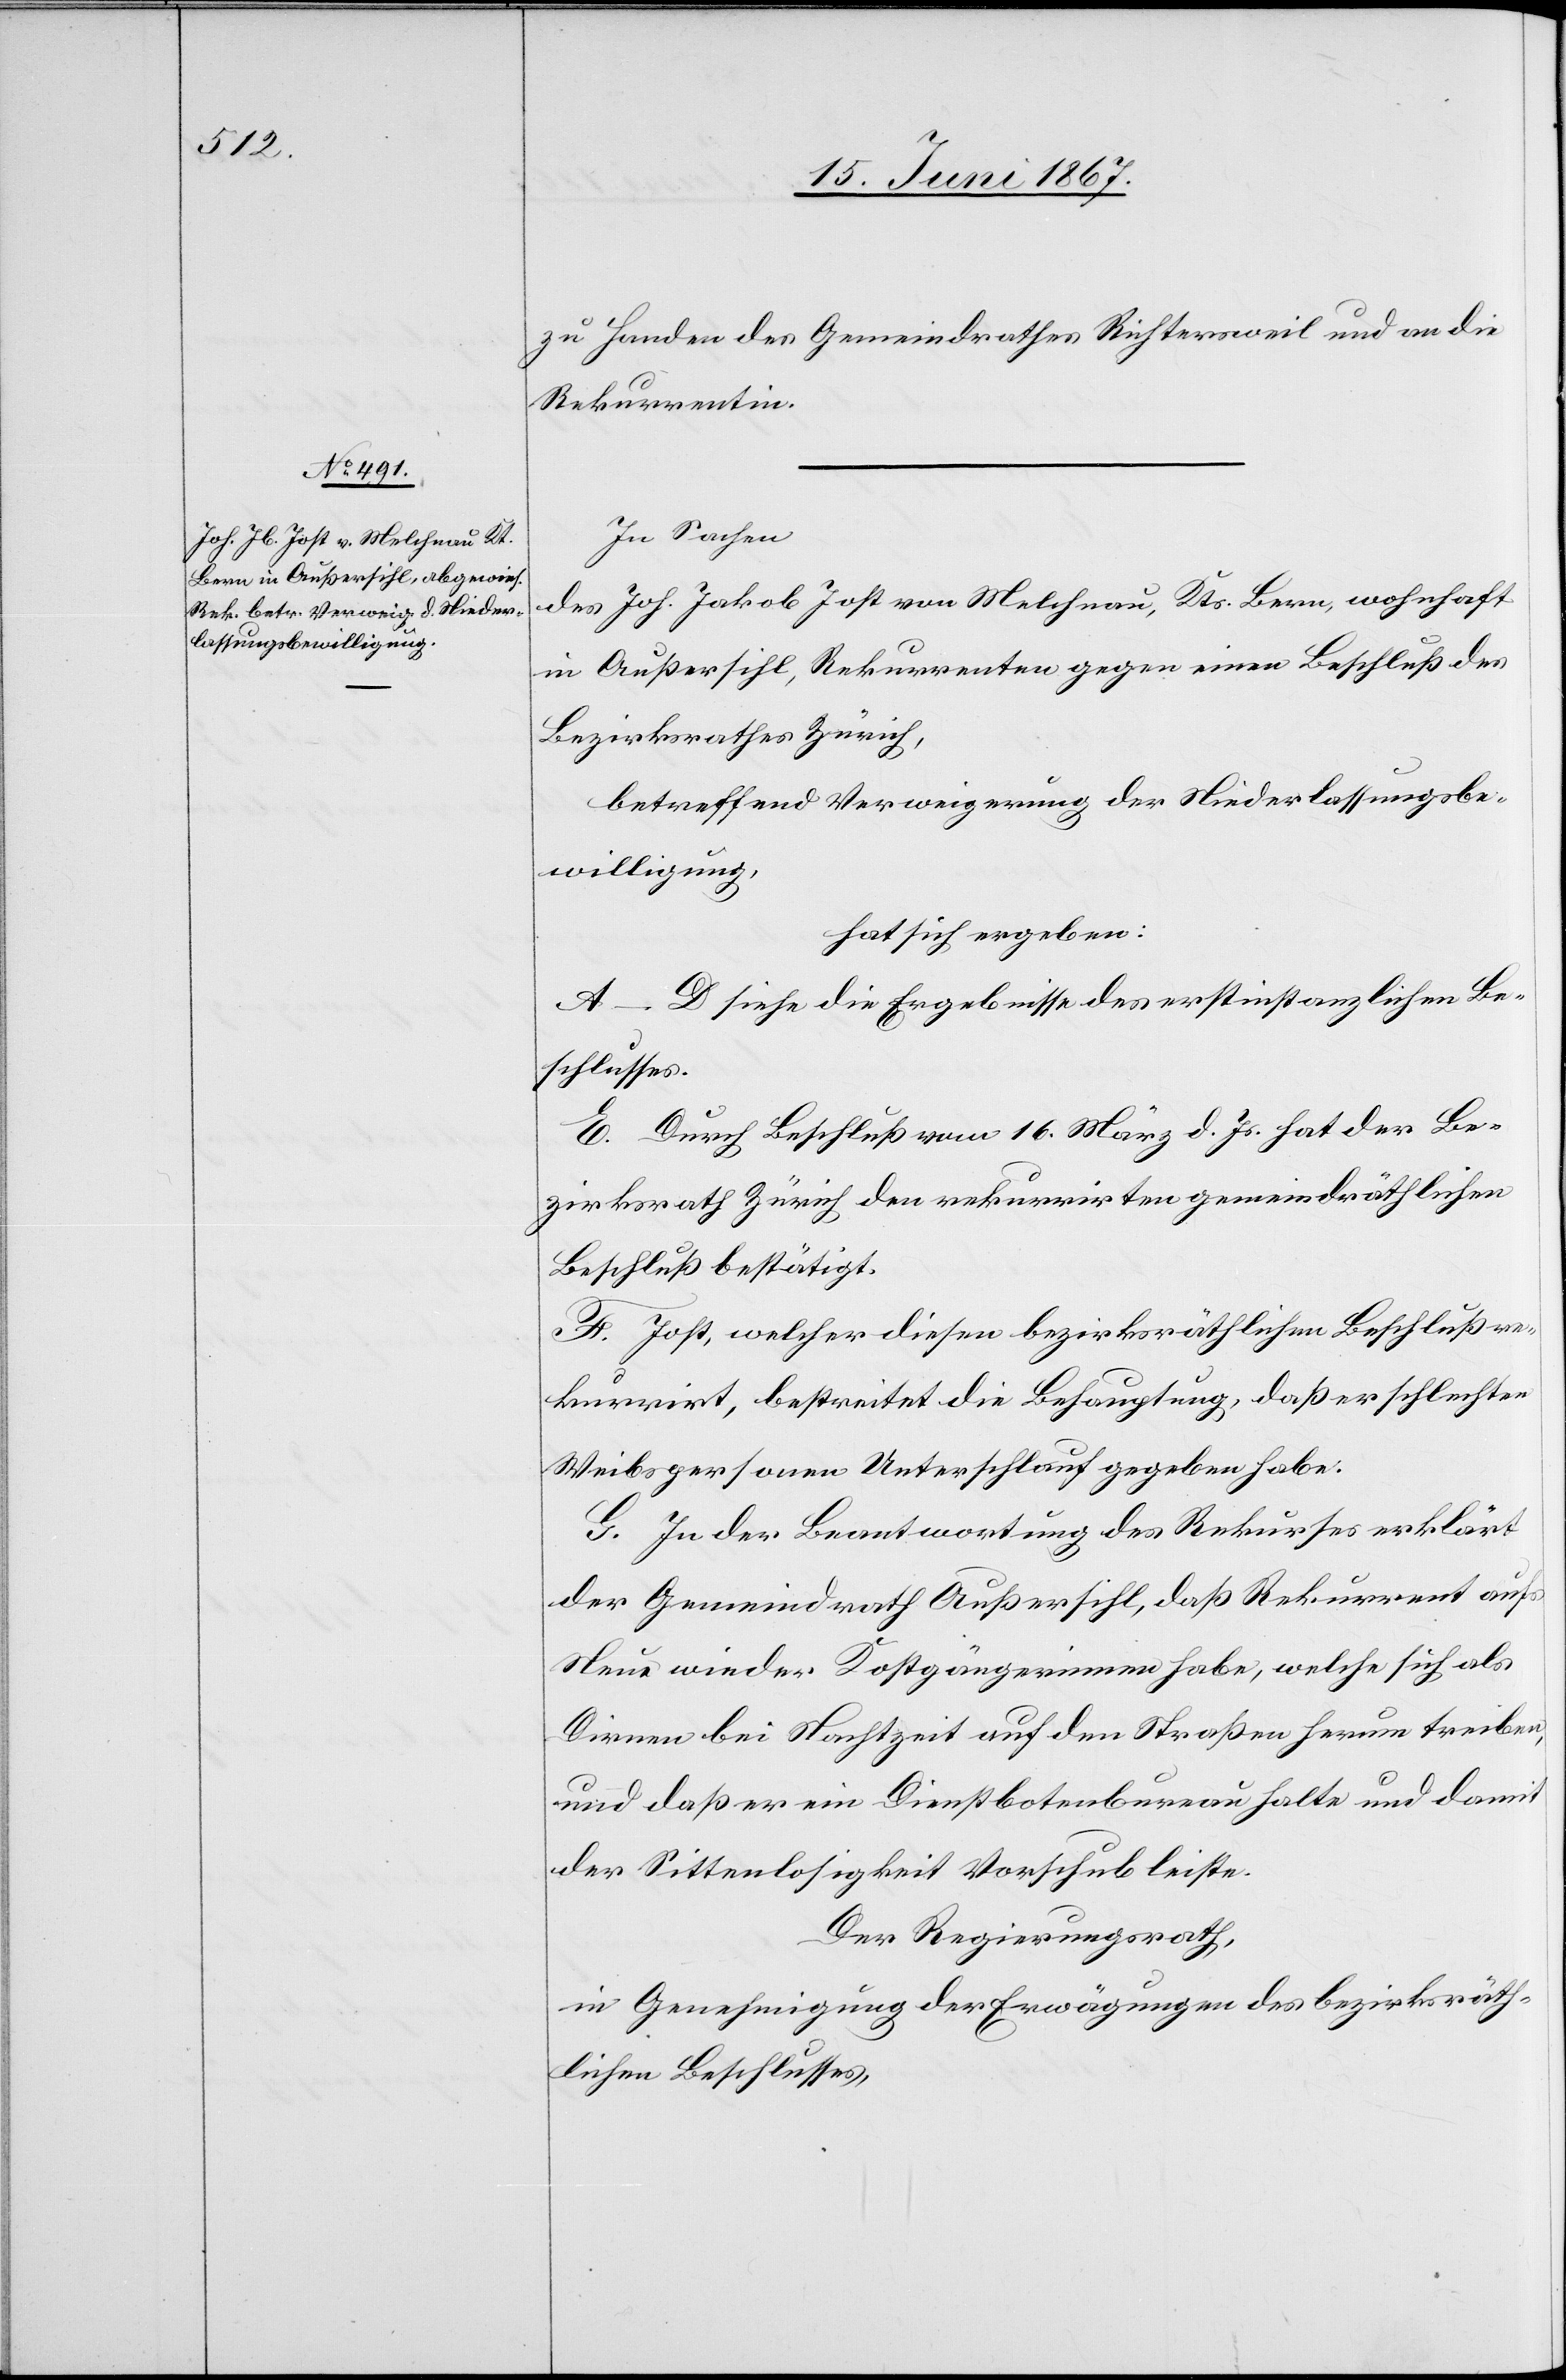
zu Handen des Gemeindrathes Richtersweil und an die
Rekurrentin.
In Sachen
des Joh. Jakob Jost von Melchnau, Kts. Bern, wohnhaft
in Außersihl, Rekurrenten gegen einen Beschluß des
Bezirksrathes Zürich,
betreffend Verweigerung der Niederlassungsbe¬
willigung,
hat sich ergeben:
A–D siehe die Ergebnisse des erstinstanzlichen Be¬
schlusses.
E. Durch Beschluß vom 16. März d. Js. hat der Be¬
zirksrath Zürich den rekurrirten gemeindräthlichen
Beschluß bestätigt.
F. Jost, welcher diesen bezirksräthlichen Beschluß re¬
kurrirt, bestreitet die Behauptung, daß er schlechten
Weibspersonen Unterschlauf gegeben habe.
G. In der Beantwortung des Rekurses erklärt
der Gemeindrath Außersihl, daß Rekurrent aufs
Neue wieder Kostgängerinnen habe, welche sich als
Dirnen bei Nachtzeit auf den Straßen herum treiben,
und daß er ein Dienstbotenbureau halte und damit
der Sittenlosigkeit Vorschub leiste.
Der Regierungsrath,
in Genehmigung der Erwägungen des bezirksräth¬
lichen Beschlusses,